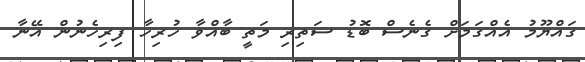
ގައްޔޫމު އެއްގަމަށް ގެނެސް ބޮޑު ސަތިރި މަތީ ބާއްވާ ހުރިހާ ފިރިހެނުން އޭނާ